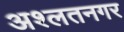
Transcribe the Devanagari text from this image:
अश्लतनगर